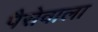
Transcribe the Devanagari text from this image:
पैसेवाला